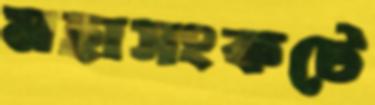
মহাসংকটে